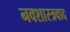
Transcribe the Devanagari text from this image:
नवशास्त्रवाद